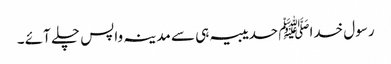
رسول خداﷺ حدیبیہ ہی سے مدینہ واپس چلے آئے ۔